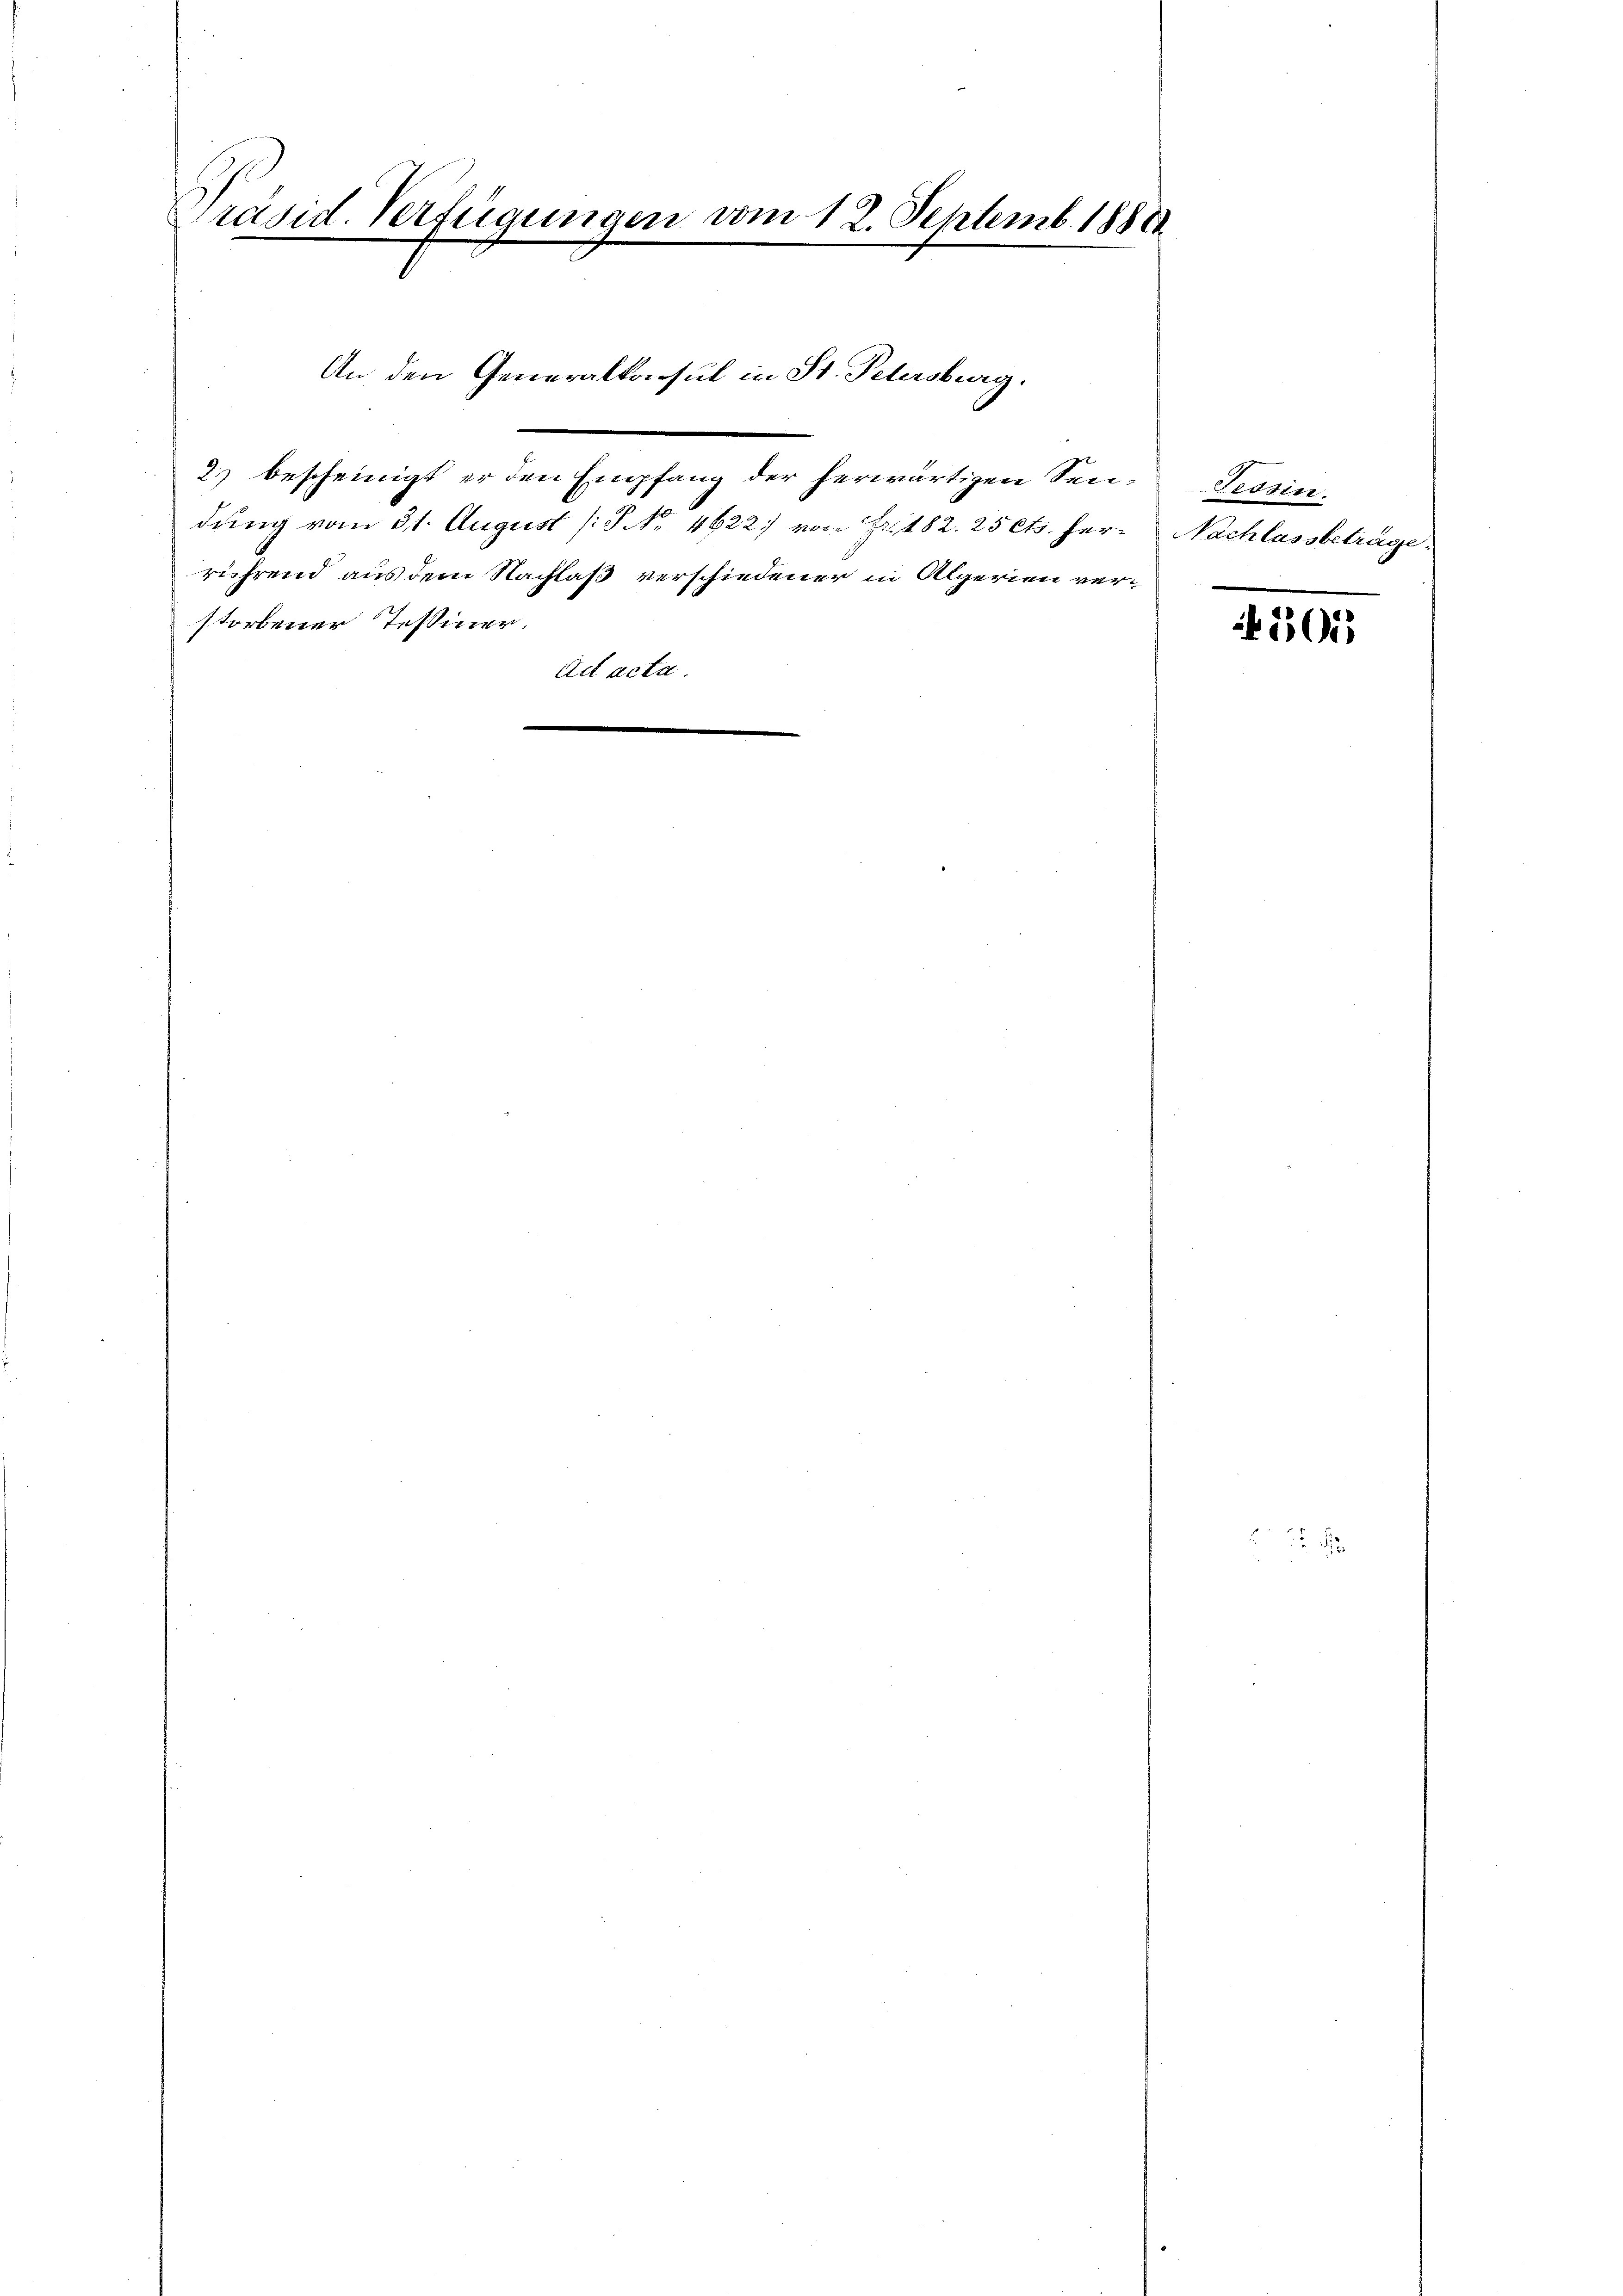
Präsid. Verfügungen vom 12. Septemb. 1880
vedenen

rährend aus dem Nachlaß verschiedener in Algerien verstorbener Tessiner.
Ad acta.
e

-

An den Generalkonsul in St. Petersburg.

dung vom 31. August [P No 4622. von Fr. 182. 25 Cts. her¬

2.) bescheinigt er den Empfang der herwärtigen Sen¬ Tessin.

Nachlassbeträge.

505